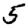
Digit: 5